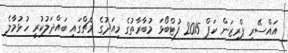
އައްސޭރި ޕްރިޒަން ކަޕް 2015 ފުޓްބޯޅަ މުބާރާތުގެ މިއަދުގެ މެޗްގައި ބައްދަލުކުރީ ހުޅުމާލެ